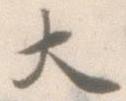
大